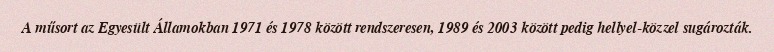
A műsort az Egyesült Államokban 1971 és 1978 között rendszeresen, 1989 és 2003 között pedig hellyel-közzel sugározták.